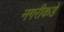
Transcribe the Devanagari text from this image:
नगरीकडे